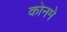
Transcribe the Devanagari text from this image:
कोनमे